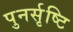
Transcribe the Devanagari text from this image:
पुनर्सृष्टि